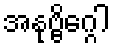
အနုဗ္ဗိဂ္ဂေါ